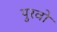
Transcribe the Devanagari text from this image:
पुरवो